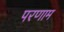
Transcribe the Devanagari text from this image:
परणाम